65_HS1-834228961_62-HQ-83894_Section_6
Agency: FBI
Page 267
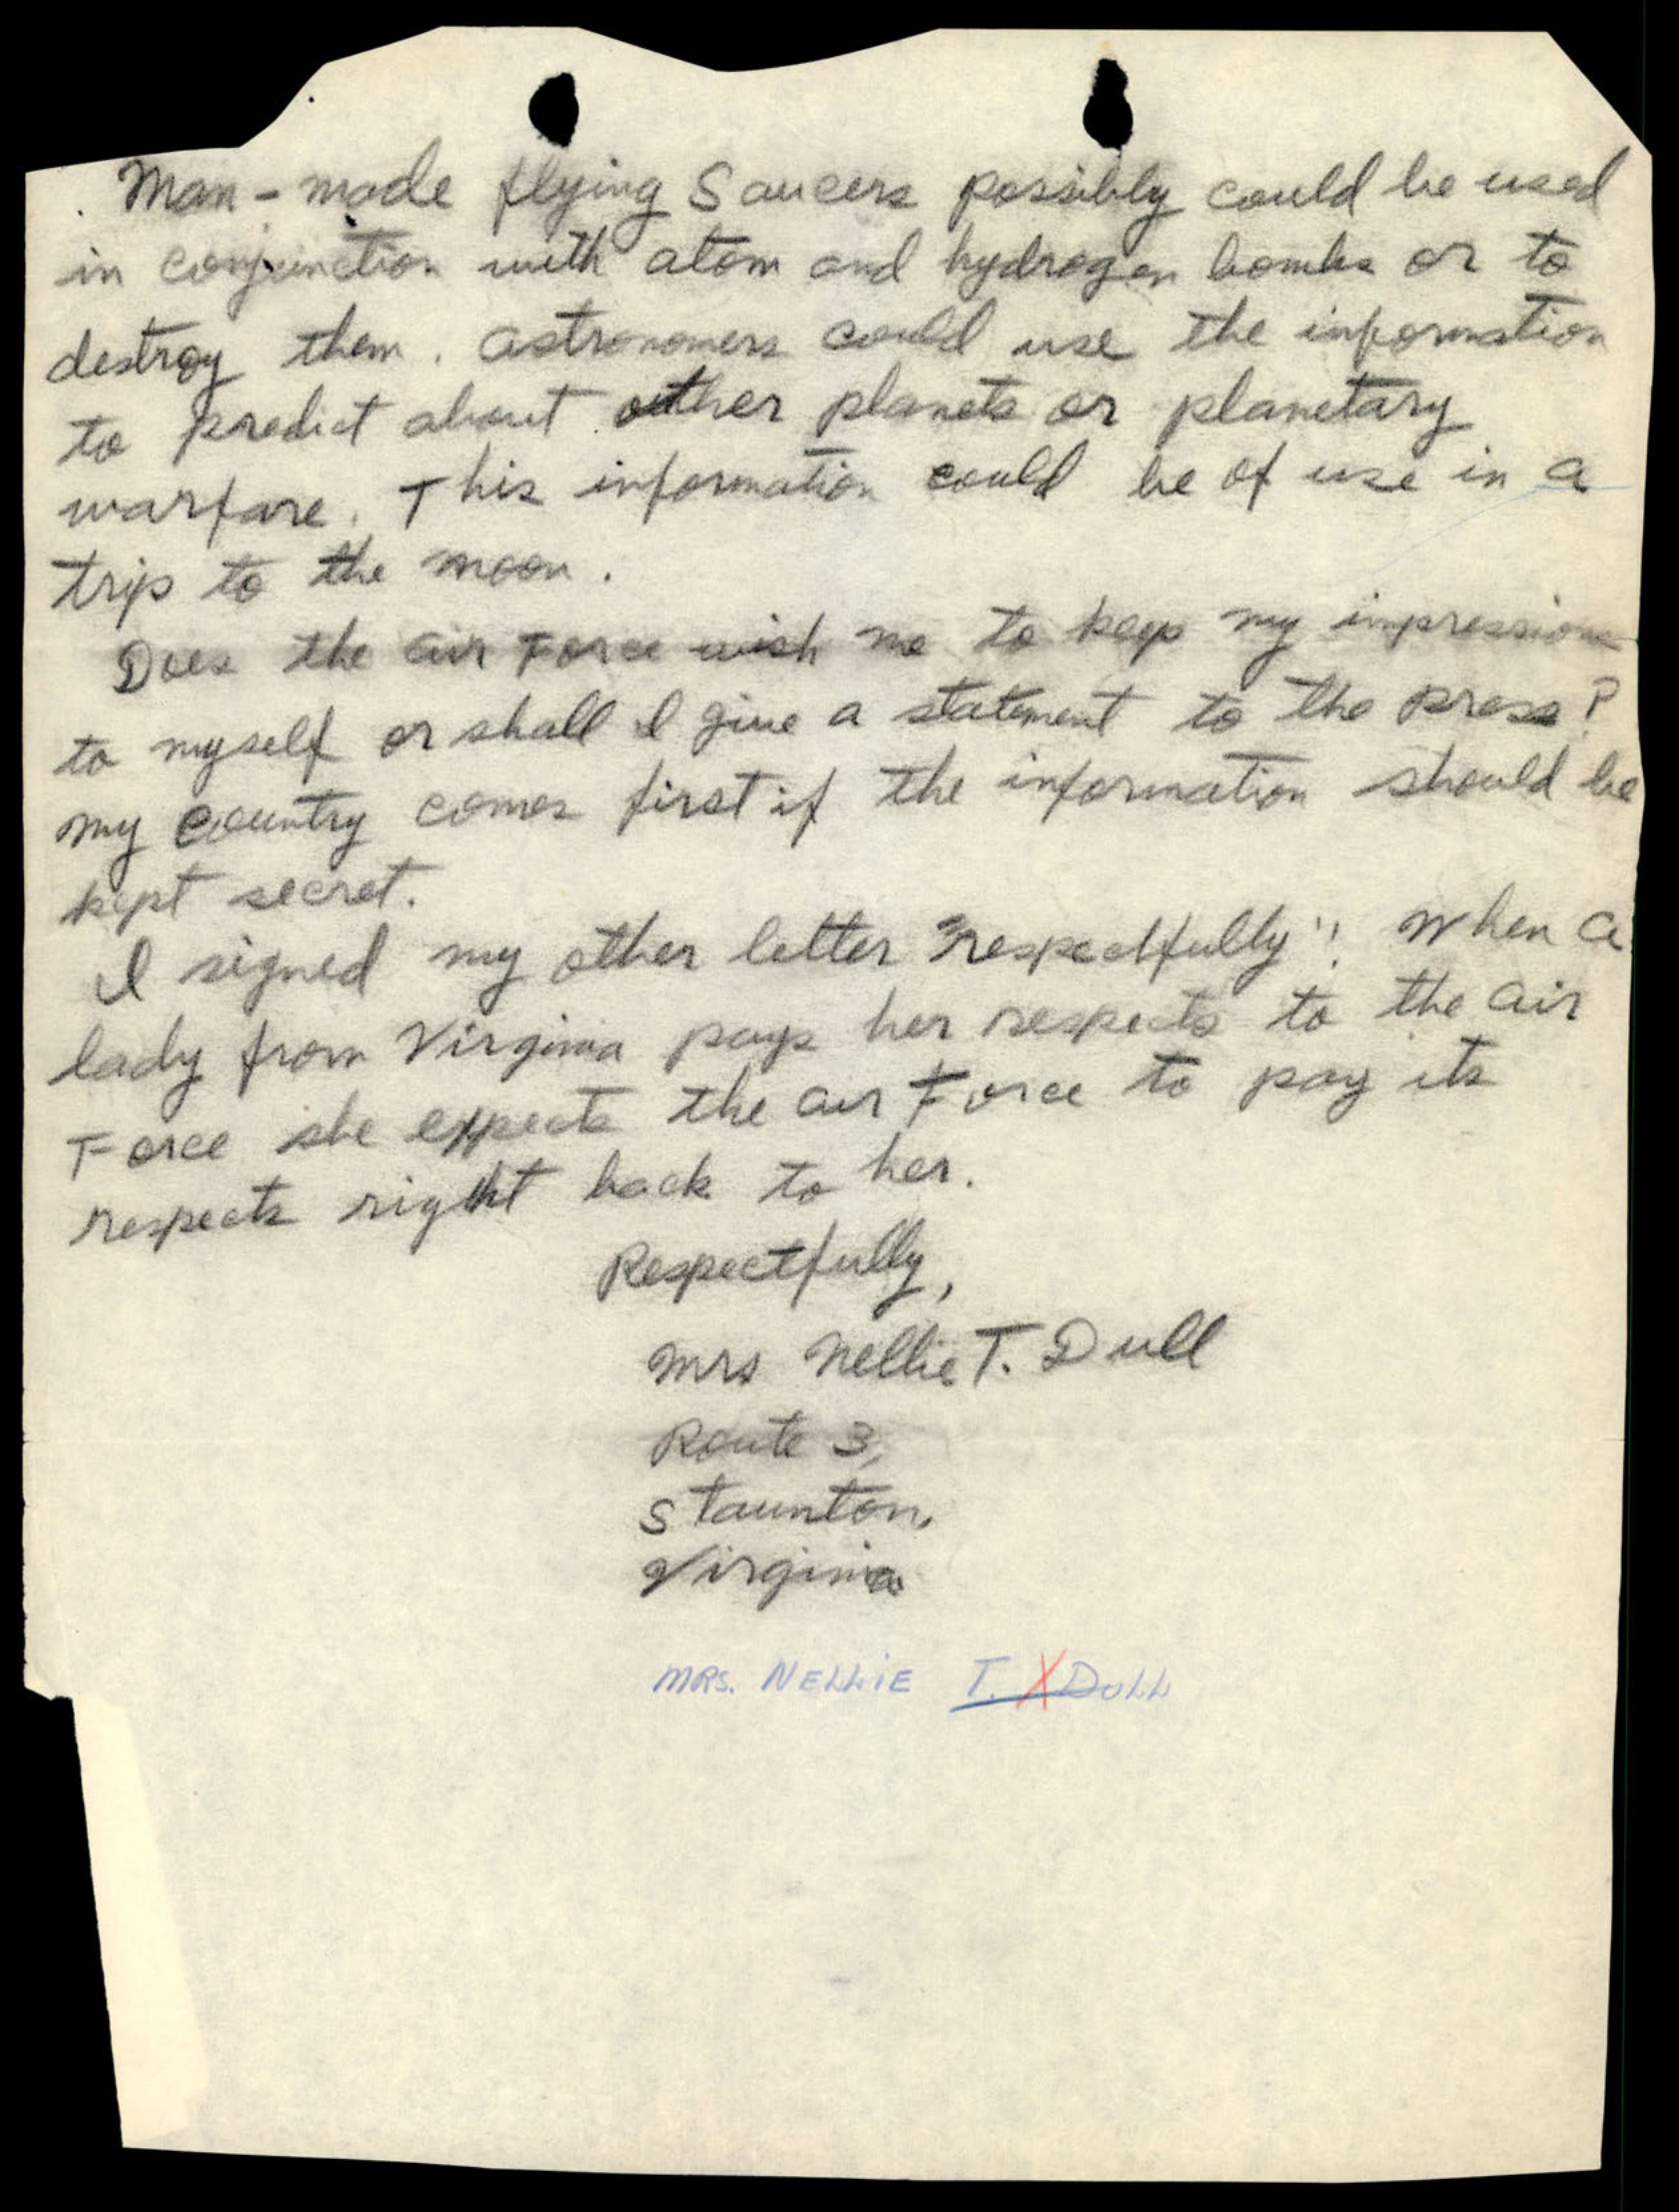